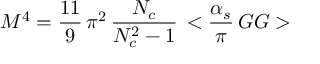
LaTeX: M ^ { 4 } = { \frac { 1 1 } { 9 } } \, \pi ^ { 2 } \, { \frac { N _ { c } } { N _ { c } ^ { 2 } - 1 } } \, < { { \frac { \alpha _ { s } } { \pi } } \, G G } >